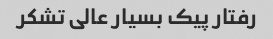
رفتار پیک بسیار عالی تشکر